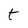
Character: t